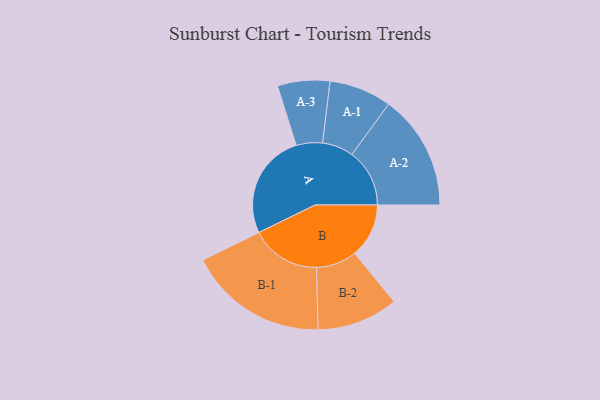
{"axis": {"x": "Segment", "y": "Value"}, "legend": ["", "A", "B"], "data": [{"x": "A", "y": 432, "type": ""}, {"x": "B", "y": 222, "type": ""}, {"x": "A-1", "y": 128, "type": "A"}, {"x": "A-2", "y": 236, "type": "A"}, {"x": "A-3", "y": 107, "type": "A"}, {"x": "B-1", "y": 286, "type": "B"}, {"x": "B-2", "y": 166, "type": "B"}]}